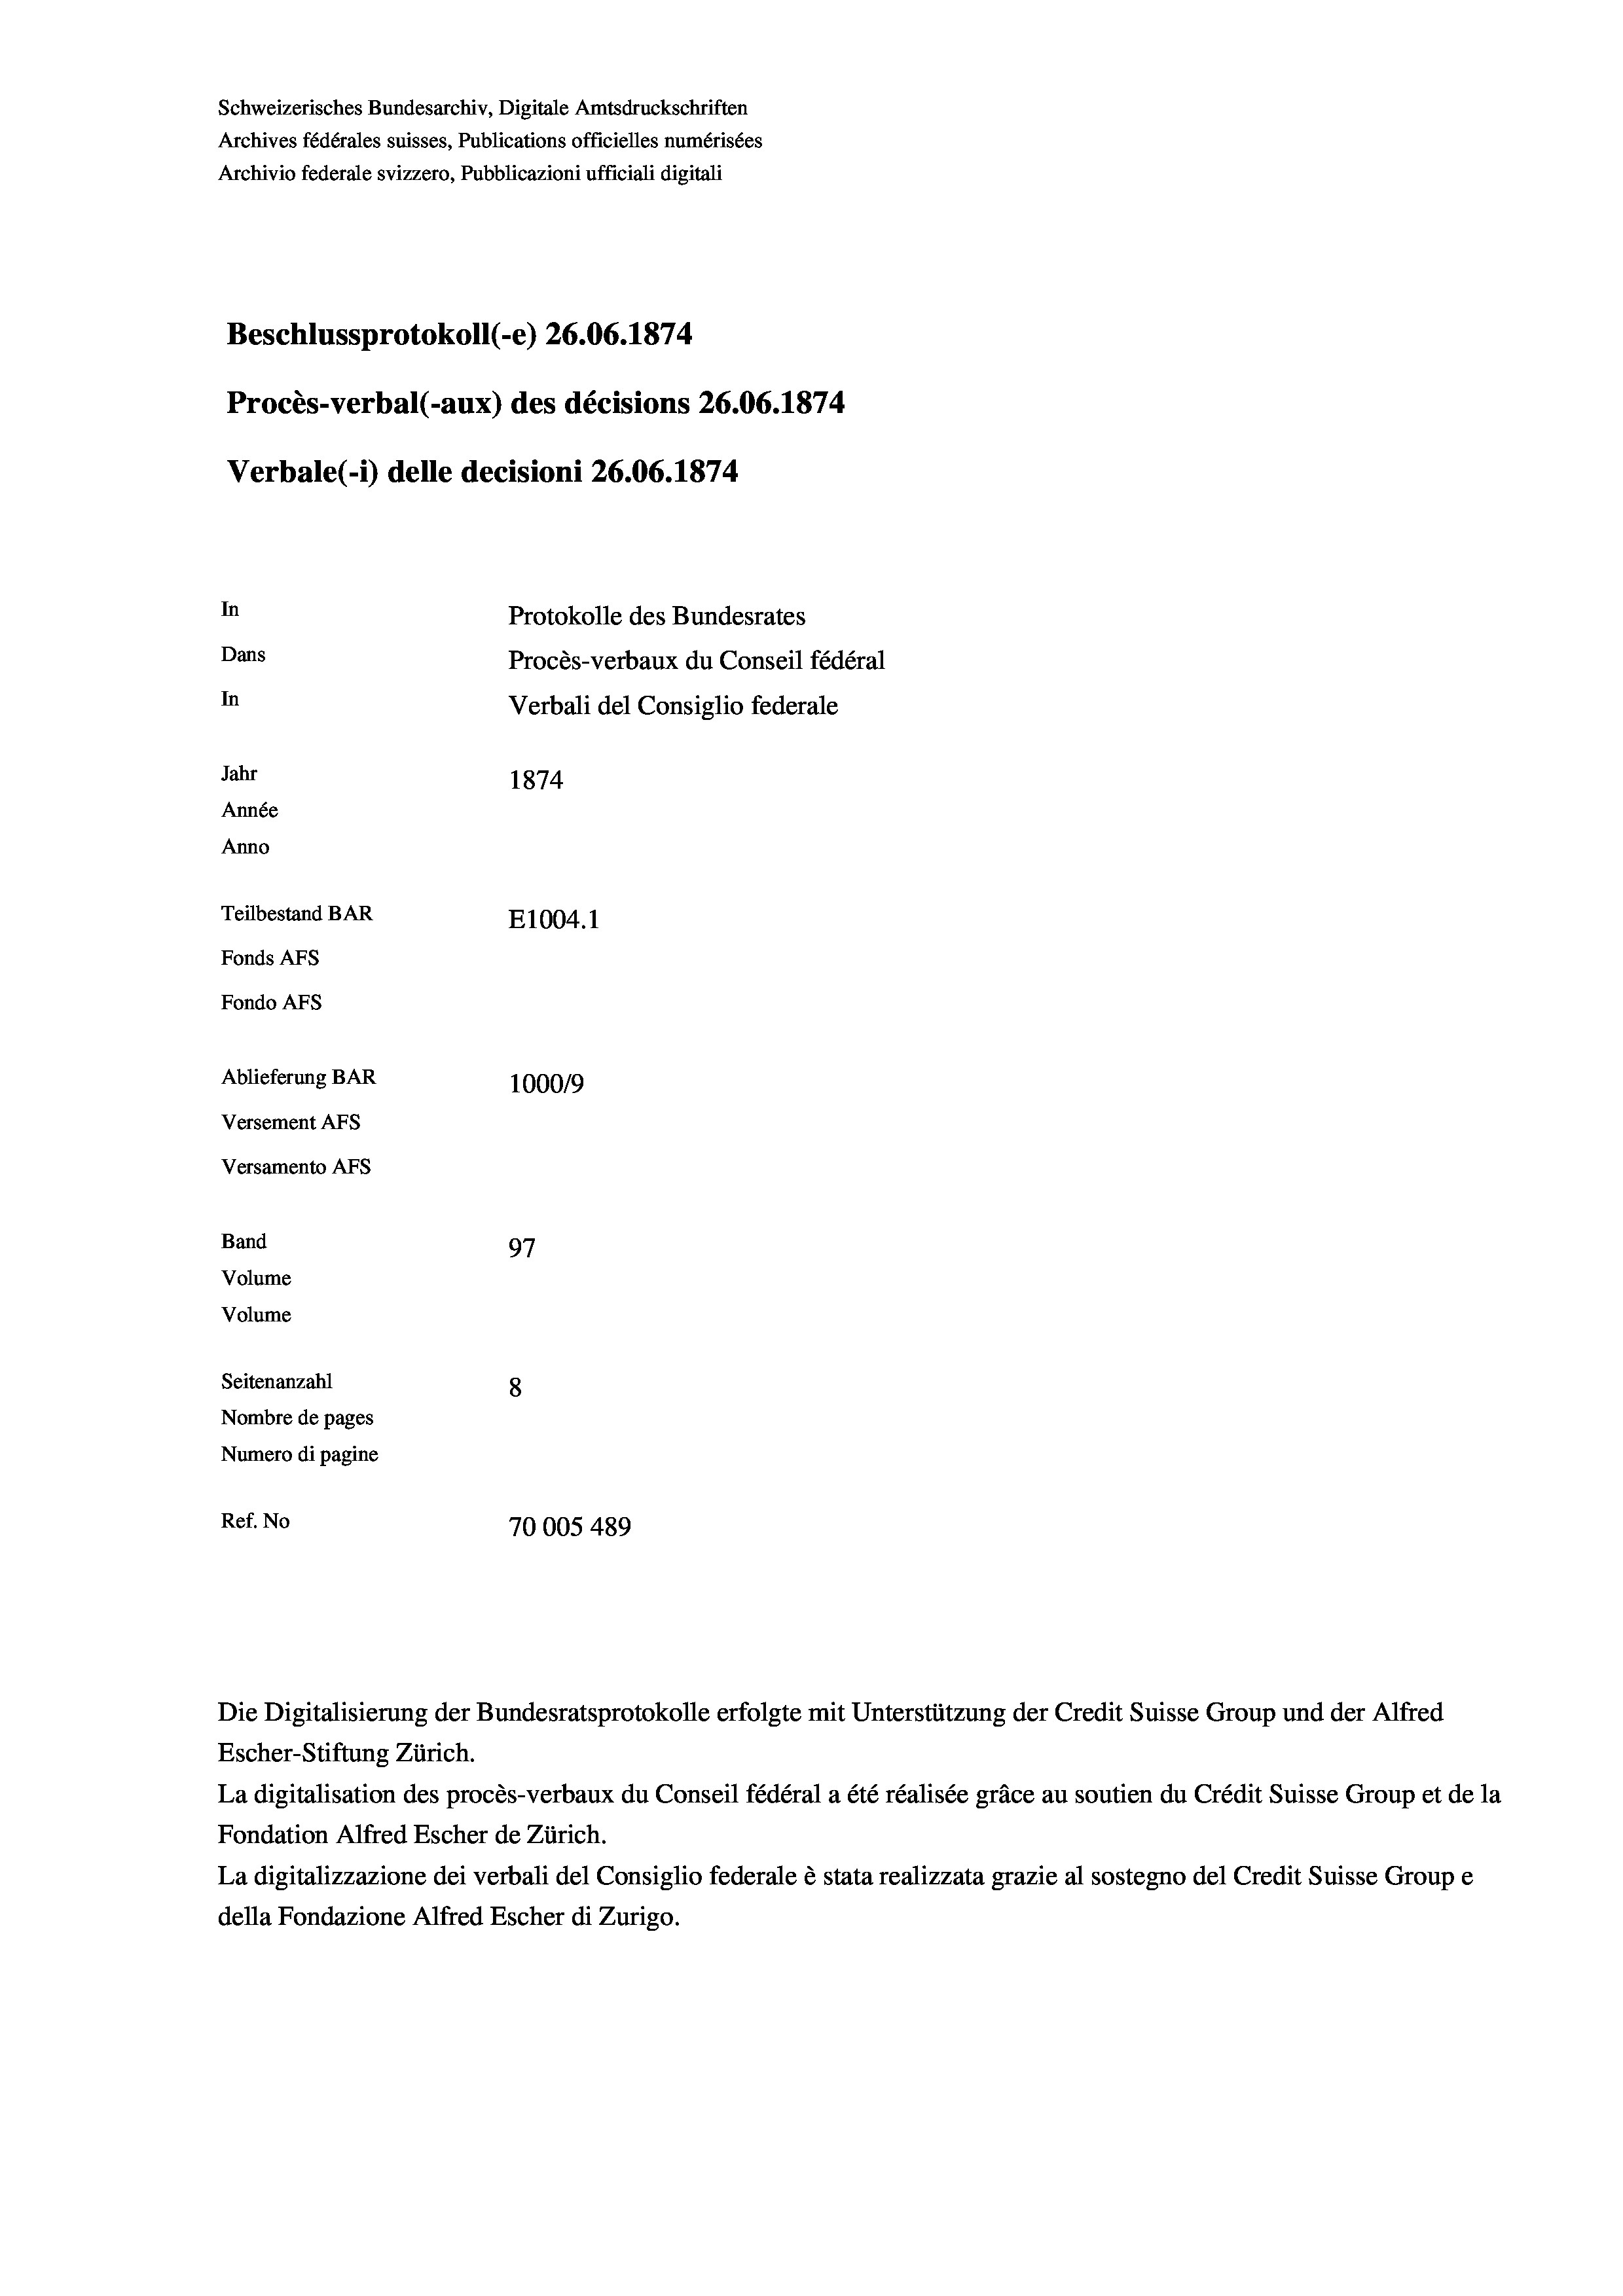
Schweizerisches Bundesarchiv, Digitale Amtsdruckschriften
Archives fédérales suisses, Publications officielles numérisées
Archivio federale svizzero, Pubblicazioni ufficiali digitali
Beschlussprotokoll (-e) 26.06. 1874
Procès-verbal (-aux) des décisions 26.06. 1874
Verbale (i) delle decisioni 26.06. 1874
In
Protokolle des Bundesrates
Dans
Procès-verbaux du Conseil fédéral
In
Verbali del Consiglio federale
Jahr
1874
Année
Anno
Teilbestand BAR
E1004.1
Fonds AFs
Fondo AFs
Ablieferung BAR
1000/9
Versement Abs
Versamento AFs
Band
97
Volume
Volume

Seitenanzahl
8
Nombre de pages
Numero di pagine
Ref. No
70005 489

Die Digitalisierung der Bundesratsprotokolle erfolgte mit Unterstützung der Credit Suisse Group und der Alfred

Escher-Stiftung Zürich.
La digitalisation des procès-verbaux du Conseil fédéral a été réalisée gräce au soutien du Crédit Suisse Group et de la
Fondation Alfred Escher de Zürich.
La digitalizzazione dei verbali del Consiglio federale è stata realizzata grazie al sostegno del Credit Suisse Groupe
della Fondazione Alfred Escher di Zurigo.